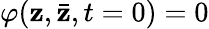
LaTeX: \varphi(\mathbf{z},\bar{{\mathbf{z}}},t=0)=0